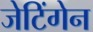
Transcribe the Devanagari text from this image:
जेटिंगेन